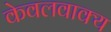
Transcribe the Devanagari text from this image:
केवलवाक्य